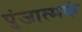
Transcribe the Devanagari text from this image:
पुंजात्मकं